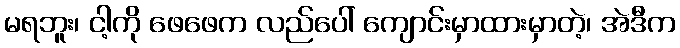
မရဘူး၊ ငါ့ကို ဖေဖေက လည်ပေါ် ကျောင်းမှာထားမှာတဲ့၊ အဲဒီက